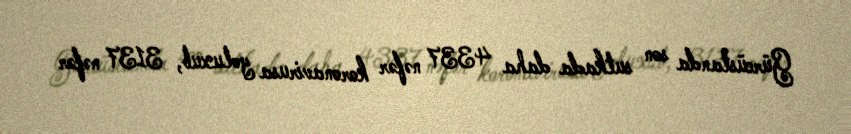
Gürcüstanda son sutkada daha 4337 nəfər koronavirusa yoluxub, 3137 nəfər